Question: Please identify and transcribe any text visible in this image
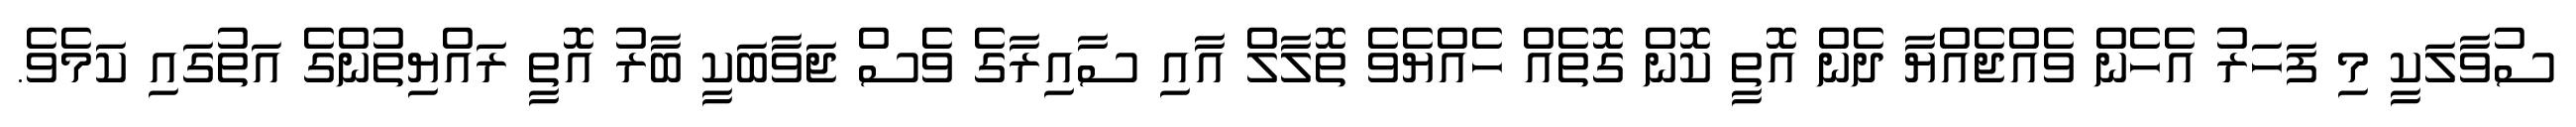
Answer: ސުވާލަކީ މި ފަހަރު އެހެން ވެއްޖެއްޔާ ދެން އޮތީ ކޮން ގޮތެއް ހެއްޔެވެ ތޮލާލް އާއި ސާއިރާގެ ވެސް ޖަވާބަކީ ބާރު އޮތީ ރައްޔިތުންގެ އަތުގައި ކަމެވެ.